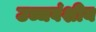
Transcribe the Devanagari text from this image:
उच्चवंशीय